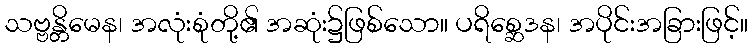
သဗ္ဗန္တိမေန၊ အလုံးစုံတို့၏ အဆုံး၌ဖြစ်သော။ ပရိစ္ဆေဒန၊ အပိုင်းအခြားဖြင့်။